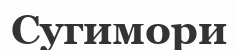
Сугимори